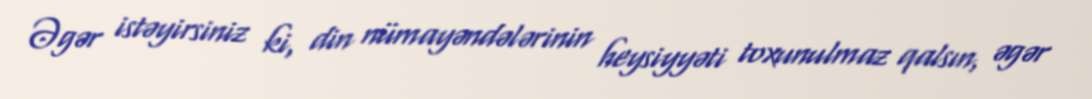
Əgər istəyirsiniz ki, din nümayəndələrinin heysiyyəti toxunulmaz qalsın, əgər